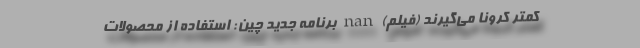
کمتر کرونا می‌گیرند (فیلم) nan برنامه جدید چین: استفاده از محصولات